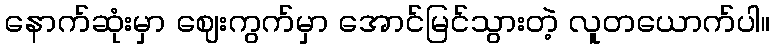
နောက်ဆုံးမှာ ဈေးကွက်မှာ အောင်မြင်သွားတဲ့ လူတယောက်ပါ။